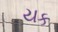
યક